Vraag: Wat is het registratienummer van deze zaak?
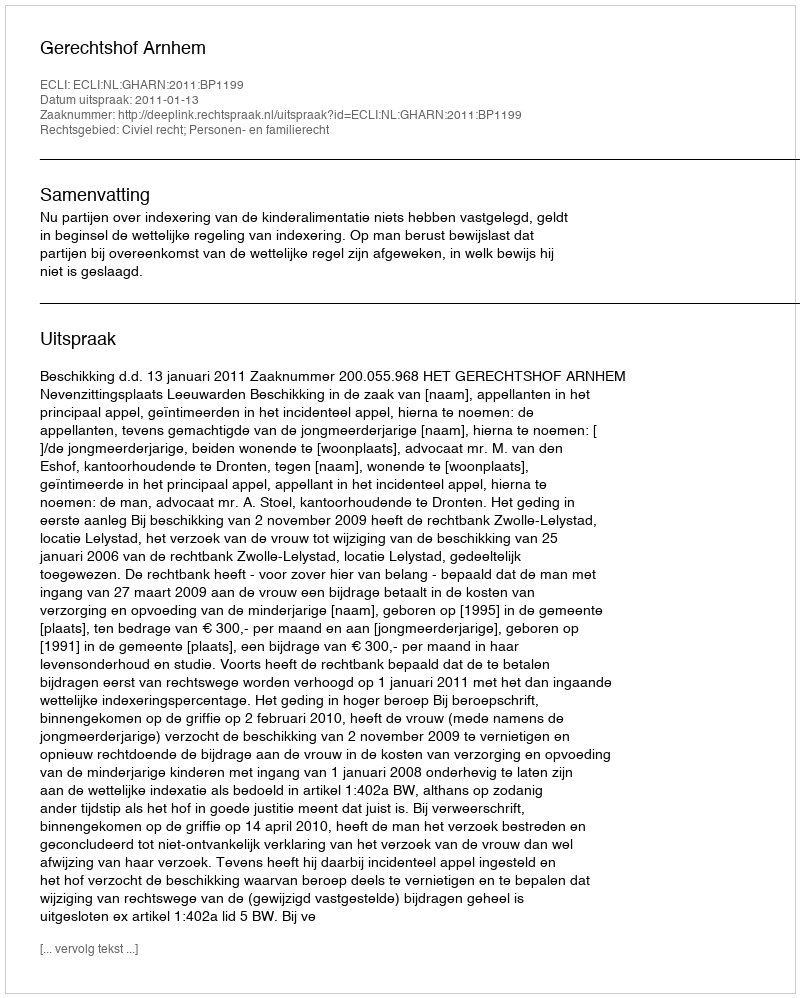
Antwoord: http://deeplink.rechtspraak.nl/uitspraak?id=ECLI:NL:GHARN:2011:BP1199